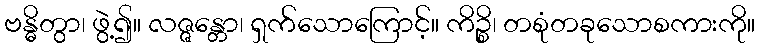
ဗန္ဓိတွာ၊ ဖွဲ့၍။ လဇ္ဇန္တော၊ ရှက်သောကြောင့်။ ကိဉ္စိ၊ တစုံတခုသောစကားကို။